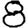
Digit: 8